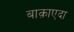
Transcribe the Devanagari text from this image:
बाक़ाएदा